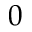
0